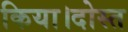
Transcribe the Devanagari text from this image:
किया।दोस्त